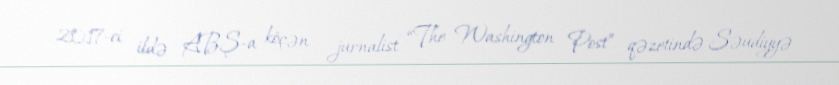
2017-ci ildə ABŞ-a köçən jurnalist “The Washington Post” qəzetində Səudiyyə